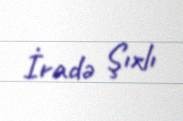
İradə Şıxlı